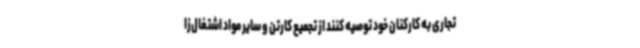
تجاری به کارکنان خود توصیه کنند از تجمیع کارتن و سایر مواد اشتغال‌زا